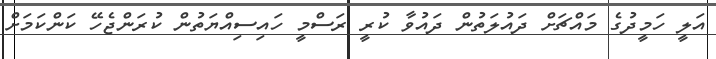
އަލީ ހަމީދުގެ މައްޗަށް ދައުލަތުން ދައުވާ ކުރީ ރަސްމީ ހައިސިއްޔަތުން ކުރަންޖެހޭ ކަންކަމަށް